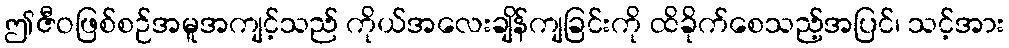
ဤဇီဝဖြစ်စဉ်အမူအကျင့်သည် ကိုယ်အလေးချိန်ကျခြင်းကို ထိခိုက်စေသည့်အပြင်၊ သင့်အား